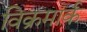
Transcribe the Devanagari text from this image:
विक्रमार्क